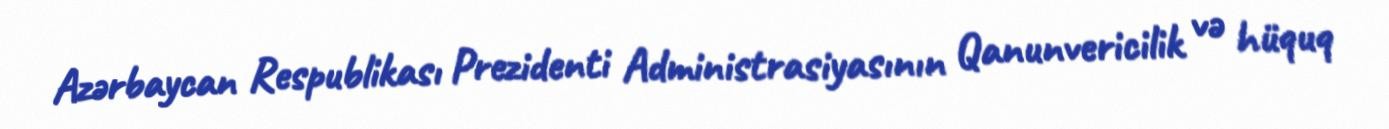
Azərbaycan Respublikası Prezidenti Administrasiyasının Qanunvericilik və hüquq